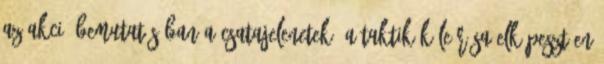
az akció bemutatásában A csatajelenetek, a taktikák leírása elképesztően